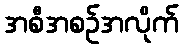
အစီအစဉ်အလိုက်